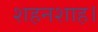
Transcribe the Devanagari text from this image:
शहनशाह।